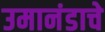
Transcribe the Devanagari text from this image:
उमानंडाचे